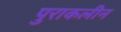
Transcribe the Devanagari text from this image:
पुराकलीन